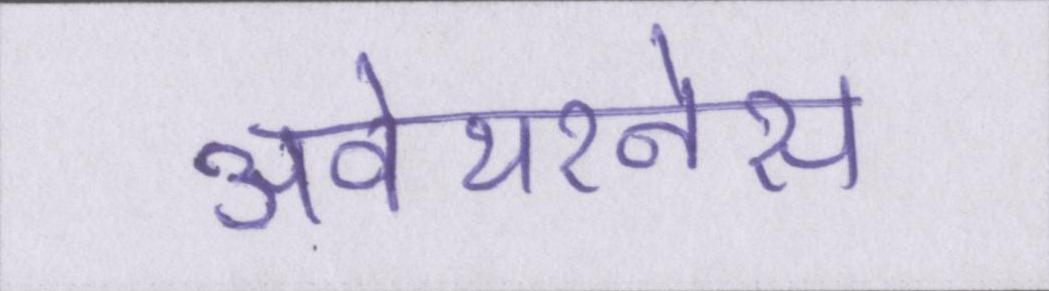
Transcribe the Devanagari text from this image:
अवेयरनेस